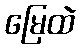
မြေထဲ